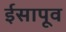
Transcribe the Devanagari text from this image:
ईसापूव